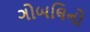
ગોબલિનો